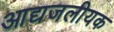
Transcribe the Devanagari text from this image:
आद्यजलीयक